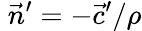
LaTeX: \; {\vec{n}}^{\prime}=-{\vec{c}}^{\prime}/\rho